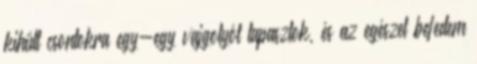
kihűlt csontokra egy-egy vajgolyót tapasztok, és az egészet befedem